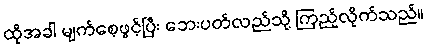
ထိုအခါ မျက်စေ့ဖွင့်ပြီး ဘေးပတ်လည်သို့ ကြည့်လိုက်သည်။